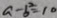
a - b ^ { 2 } = 1 0